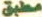
مطبق